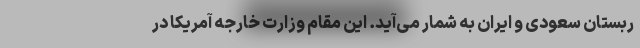
ربستان سعودی و ایران به شمار می‌آید. این مقام وزارت خارجه آمریکا در